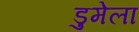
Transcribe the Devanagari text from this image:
डुमेला